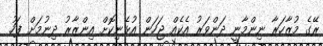
ރޭގެ މުޒާހަރާ ނިންމާނީ ދަންވަރު އެކެއް ޖަހަން އުޅެނިކޮށް އިންޒާރު ދިނުމަށް ފަހު